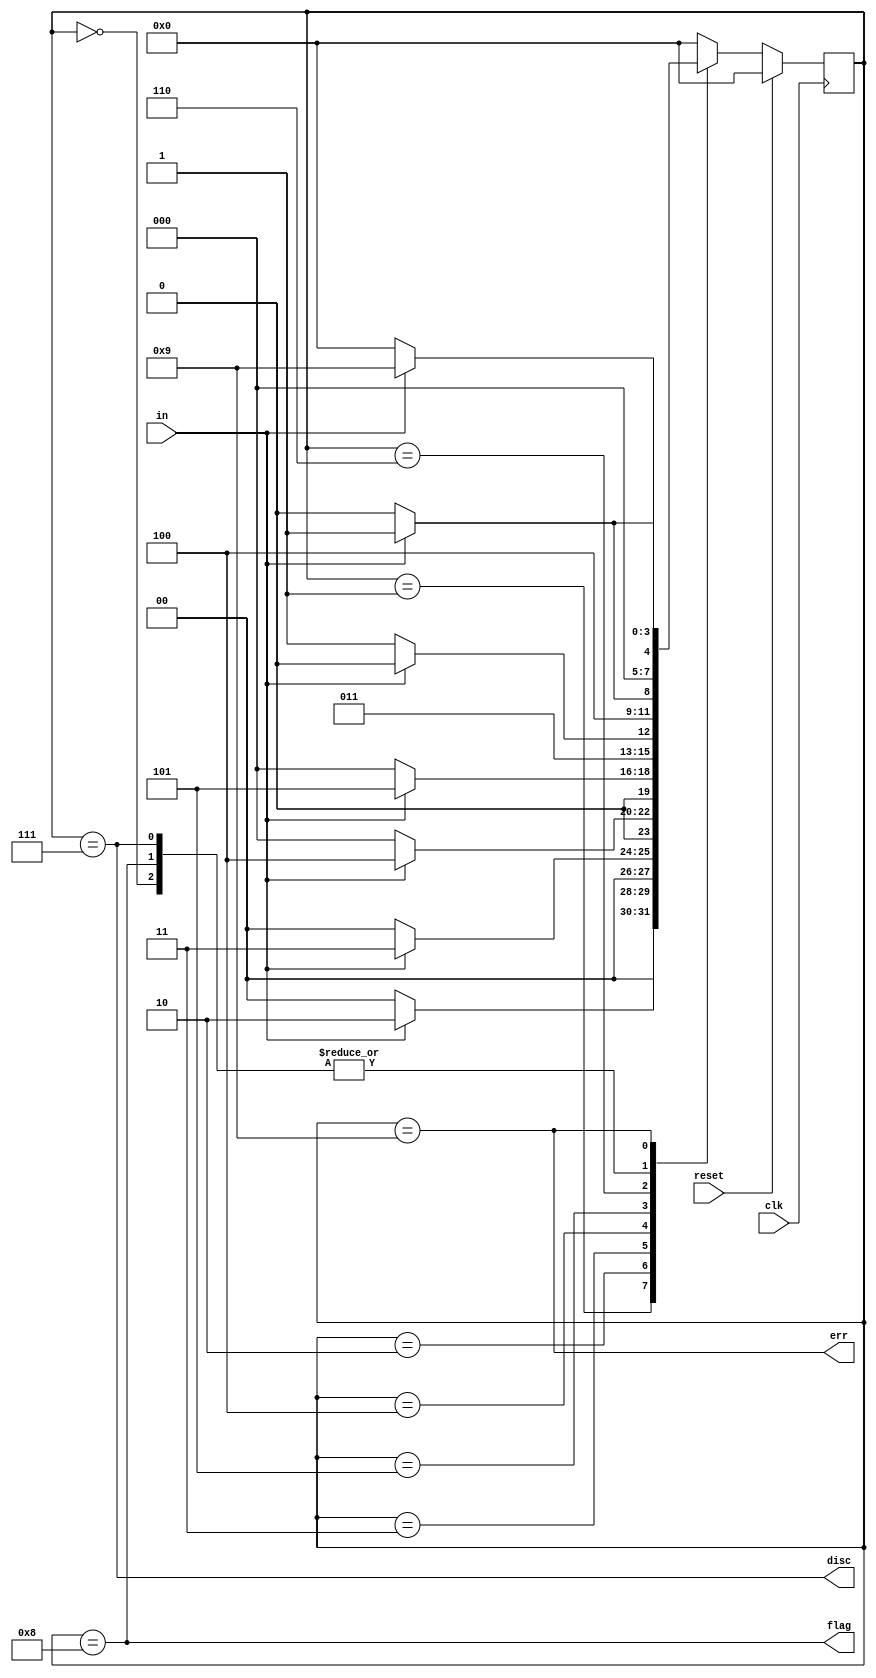
module top_module (
    input               clk     ,
    input               reset   ,
    input               in      ,
    output              disc    ,
    output              flag    ,
    output              err
);

    parameter   NONE    = 0,
                ONE     = 1,
                TWO     = 2,
                THREE   = 3,
                FOUR    = 4,
                FIVE    = 5,
                SIX     = 6,
                DISCARD = 7,
                FLAG    = 8,
                ERROR   = 9;

    reg     [3 : 0]     curr_state, next_state;

    always @ (posedge clk) begin
        if (reset)  curr_state <= NONE;
        else        curr_state <= next_state;
    end

    always @ (*) begin
        case (curr_state)
            NONE    :   next_state = in ? ONE   : NONE;
            ONE     :   next_state = in ? TWO   : NONE;
            TWO     :   next_state = in ? THREE : NONE;
            THREE   :   next_state = in ? FOUR  : NONE;
            FOUR    :   next_state = in ? FIVE  : NONE;
            FIVE    :   next_state = in ? SIX   : DISCARD;
            SIX     :   next_state = in ? ERROR : FLAG;
            DISCARD :   next_state = in ? ONE   : NONE;
            FLAG    :   next_state = in ? ONE   : NONE;
            ERROR   :   next_state = in ? ERROR : NONE; 
            default :   next_state = NONE;
        endcase
    end

    assign err  = (curr_state == ERROR);
    assign disc = (curr_state == DISCARD);
    assign flag = (curr_state == FLAG);

endmodule